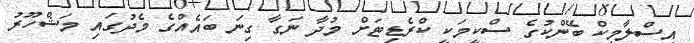
އިސްލާމިކް ބޭންކުގެ ސްކީމަކީ ކްރެޑިޓަށް މުދާ ނަގާ ގިނަ ބައެއްގެ މެދުގައި މަޝްހޫރު